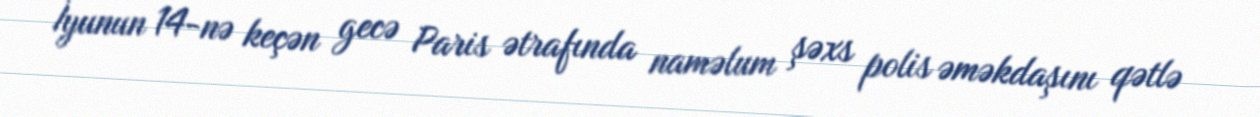
İyunun 14-nə keçən gecə Paris ətrafında naməlum şəxs polis əməkdaşını qətlə